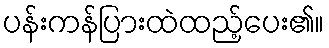
ပန်းကန်ပြားထဲထည့်ပေး၏။